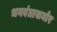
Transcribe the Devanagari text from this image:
भगवंतासमोर